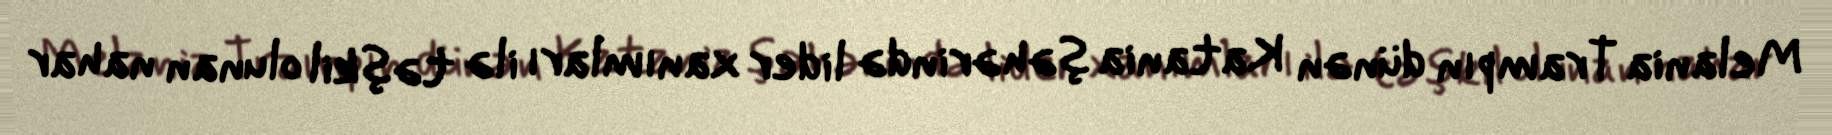
Melania Trampın dünən Katania şəhərində lider xanımları ilə təşkil olunan nahar